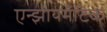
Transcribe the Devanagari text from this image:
एन्झायमॅटिक